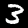
Digit: 3